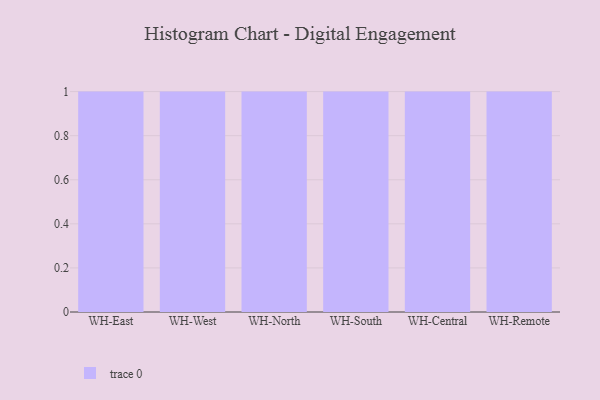
{"axis": {"x": "Warehouse", "y": "Demand Index"}, "legend": [""], "data": [{"x": "WH-East", "y": 48, "type": ""}, {"x": "WH-West", "y": 44, "type": ""}, {"x": "WH-North", "y": 45, "type": ""}, {"x": "WH-South", "y": 41, "type": ""}, {"x": "WH-Central", "y": 90, "type": ""}, {"x": "WH-Remote", "y": 73, "type": ""}]}